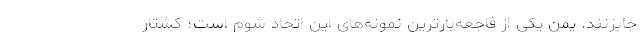
جابزنند. یمن یکی از فاجعه‌بارترین نمونه‌های این اتحاد شوم است؛ کشتار